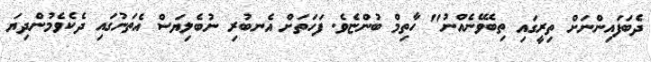
ދެބަފައިންނަށް ތިރީގައި ތިބެވޭނެއްނު" ހާތިމް ބުންޏެވެ. ފަހަތަށް އެނބުރި ނުބެލިޔަސް އެތަނުގައި ދެކެވެމުންދިޔަ